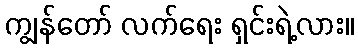
ကျွန်တော် လက်ရေး ရှင်းရဲ့လား။